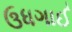
ઉધગાઈ